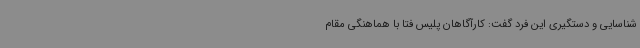
شناسایی و دستگیری این فرد گفت: کارآگاهان پلیس فتا با هماهنگی مقام